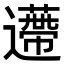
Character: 𨘬